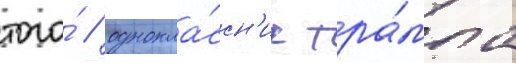
того́ / однокла́ссн'ик тра́мпа